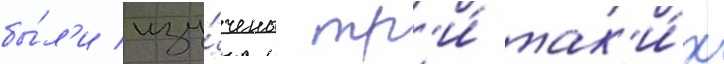
бы́л'и изу́чены тр'и́ так'и́х